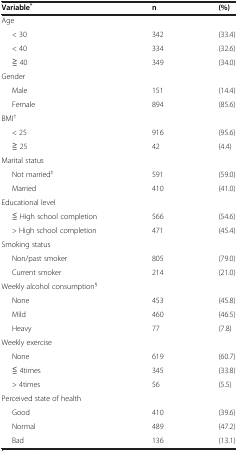
<table><thead><tr><td><b>Variable<sup>*</sup></b></td><td><b>n</b></td><td><b>(%)</b></td></tr></thead><tbody><tr><td>Age</td><td colspan="2"> </td></tr><tr><td>&lt; 30</td><td>342</td><td>(33.4)</td></tr><tr><td>&lt; 40</td><td>334</td><td>(32.6)</td></tr><tr><td>≧ 40</td><td>349</td><td>(34.0)</td></tr><tr><td colspan="3">Gender</td></tr><tr><td>Male</td><td>151</td><td>(14.4)</td></tr><tr><td>Female</td><td>894</td><td>(85.6)</td></tr><tr><td colspan="3">BMI<sup>†</sup></td></tr><tr><td>&lt; 25</td><td>916</td><td>(95.6)</td></tr><tr><td>≧ 25</td><td>42</td><td>(4.4)</td></tr><tr><td colspan="3">Marital status</td></tr><tr><td>Not married<sup>‡</sup></td><td>591</td><td>(59.0)</td></tr><tr><td>Married</td><td>410</td><td>(41.0)</td></tr><tr><td colspan="3">Educational level</td></tr><tr><td>≦ High school completion</td><td>566</td><td>(54.6)</td></tr><tr><td>&gt; High school completion</td><td>471</td><td>(45.4)</td></tr><tr><td colspan="3">Smoking status</td></tr><tr><td>Non/past smoker</td><td>805</td><td>(79.0)</td></tr><tr><td>Current smoker</td><td>214</td><td>(21.0)</td></tr><tr><td colspan="3">Weekly alcohol consumption<sup>§</sup></td></tr><tr><td>None</td><td>453</td><td>(45.8)</td></tr><tr><td>Mild</td><td>460</td><td>(46.5)</td></tr><tr><td>Heavy</td><td>77</td><td>(7.8)</td></tr><tr><td colspan="3">Weekly exercise</td></tr><tr><td>None</td><td>619</td><td>(60.7)</td></tr><tr><td>≦ 4times</td><td>345</td><td>(33.8)</td></tr><tr><td>&gt; 4times</td><td>56</td><td>(5.5)</td></tr><tr><td colspan="3">Perceived state of health</td></tr><tr><td>Good</td><td>410</td><td>(39.6)</td></tr><tr><td>Normal</td><td>489</td><td>(47.2)</td></tr><tr><td>Bad</td><td>136</td><td>(13.1)</td></tr></tbody></table>